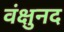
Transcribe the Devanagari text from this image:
वंक्षुनद